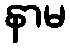
နာမ